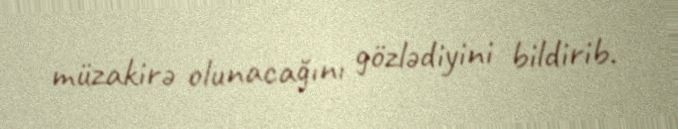
müzakirə olunacağını gözlədiyini bildirib.